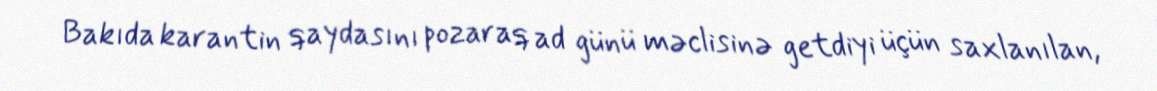
Bakıda karantin qaydasını pozaraq ad günü məclisinə getdiyi üçün saxlanılan,